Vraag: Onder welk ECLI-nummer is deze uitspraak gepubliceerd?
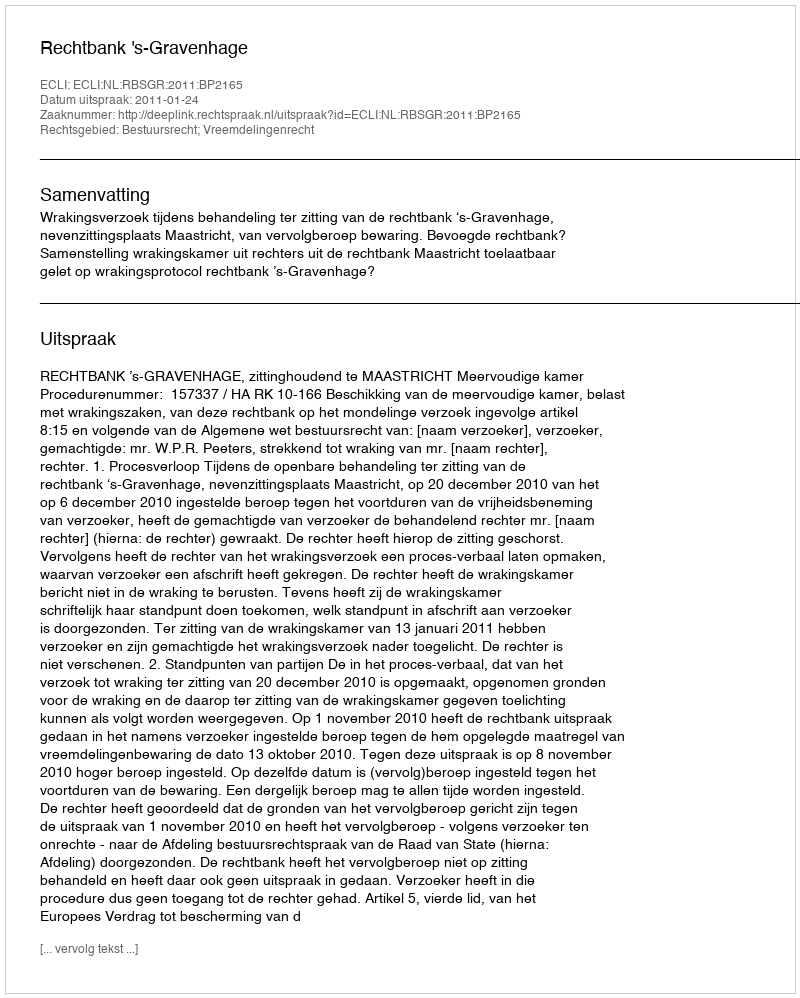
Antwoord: ECLI:NL:RBSGR:2011:BP2165